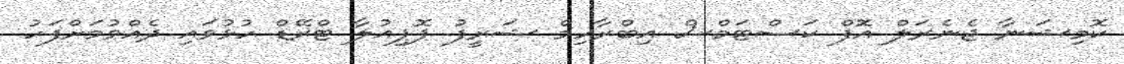
ކޮމިޝަނާ ޖެނެރަލް އޮފް ކަސްޓަމްސް އިބްރާހިމް ޝަރީފު ޕޮޕިއުލާ ޓްރޭޑް ހުޅުވައި ދެއްވުމަށްފަހު